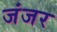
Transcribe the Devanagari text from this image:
जंजर